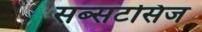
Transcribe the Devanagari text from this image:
सब्सटसिज